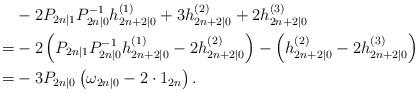
LaTeX: \begin{align*}&-2P_{2n|1}P_{2n|0}^{-1}h_{2n+2|0}^{(1)} + 3h_{2n+2|0}^{(2)} + 2h_{2n+2|0}^{(3)}\\=&-2\left(P_{2n|1}P_{2n|0}^{-1}h_{2n+2|0}^{(1)} - 2h_{2n+2|0}^{(2)}\right) - \left(h_{2n+2|0}^{(2)} - 2h_{2n+2|0}^{(3)}\right) \\=& -3 P_{2n|0}\left(\omega_{2n|0} - 2\cdot 1_{2n}\right).\end{align*}